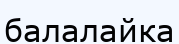
балалайка